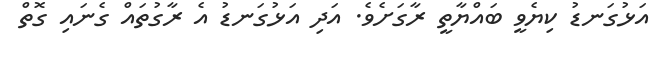
އަޅުގަނޑު ކިޔެވީ ބައްޔާތީ ރާގަށެވެ. އަދި އަޅުގަނޑު އެ ރާގުތައް ގެނައި ގޮތް